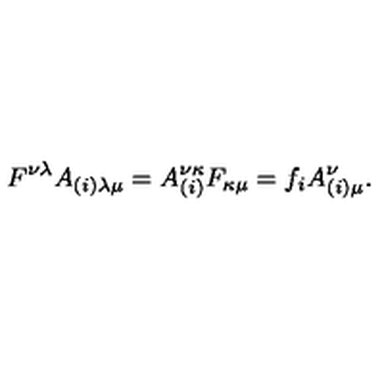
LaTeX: F ^ { \nu \lambda } A _ { ( i ) \lambda \mu } = A _ { ( i ) } ^ { \nu \kappa } F _ { \kappa \mu } = f _ { i } A _ { ( i ) \mu } ^ { \nu } .